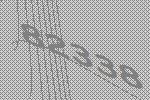
82338